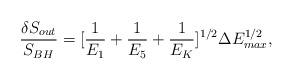
LaTeX: \begin{align*}\frac{\delta S_{out}}{S_{BH}} = [\frac{1}{E_{1}} + \frac{1}{E_{5}} +\frac{1}{E_{K}}]^{1/2} \Delta E^{1/2}_{max},\end{align*}